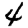
Digit: 4